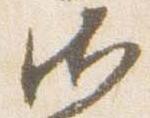
御